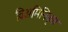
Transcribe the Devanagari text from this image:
विअमिनिकृत